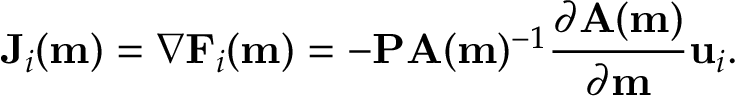
\mathbf { J } _ { i } ( \mathbf { m } ) = \nabla \mathbf { F } _ { i } ( \mathbf { m } ) = - \mathbf { P A } ( \mathbf { m } ) ^ { - 1 } \frac { \partial \mathbf { A ( m ) } } { \partial \mathbf { m } } \mathbf { u } _ { i } .